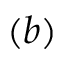
( b )